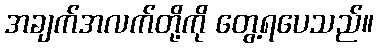
အချက်အလက်တို့ကို တွေ့ရပေသည်။